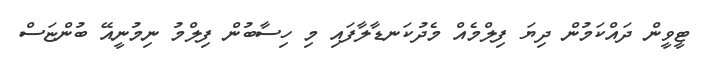
ޓީވީން ދައްކަމުން ދިޔަ ފިލްމެއް މެދުކަނޑާލާފައި މި ހިސާބުން ފިލްމު ނިމުނީއޭ ބުންޏަސް